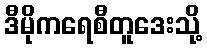
ဒီမိုကရေစီတူဒေးသို့